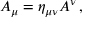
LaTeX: A _ { \mu } = \eta _ { \mu \nu } A ^ { \nu } \, ,